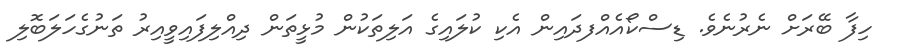
ހިފާ ބޭރަށް ނެރުނެވެ. ޑިސްކޯއެއްފދައިން އެކި ކުލައިގެ އަލިތަކުން މުޅީތަން ދިއްލިފައިވީއިރު ތަނުގެހަލަބޮލި